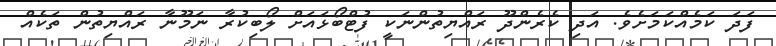
ފަދަ ކަމެއްކަމަށެވެ. އަދި ކެރެންދޫ ރައްޔިތުންނަކީ ފުޓްބޯޅައަށް ލޯބިކުރާ ނަމޫނާ ރައްޔިތުން ތަކެއް